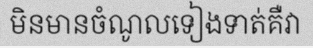
មិនមានចំណូលទៀងទាត់គឺវា